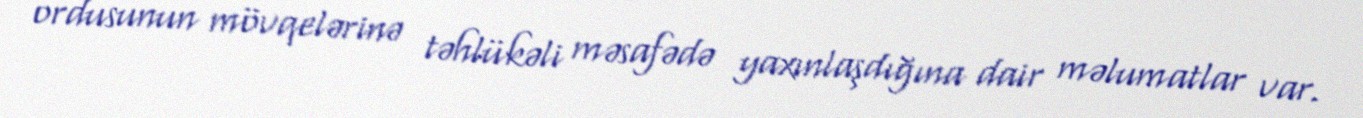
ordusunun mövqelərinə təhlükəli məsafədə yaxınlaşdığına dair məlumatlar var.